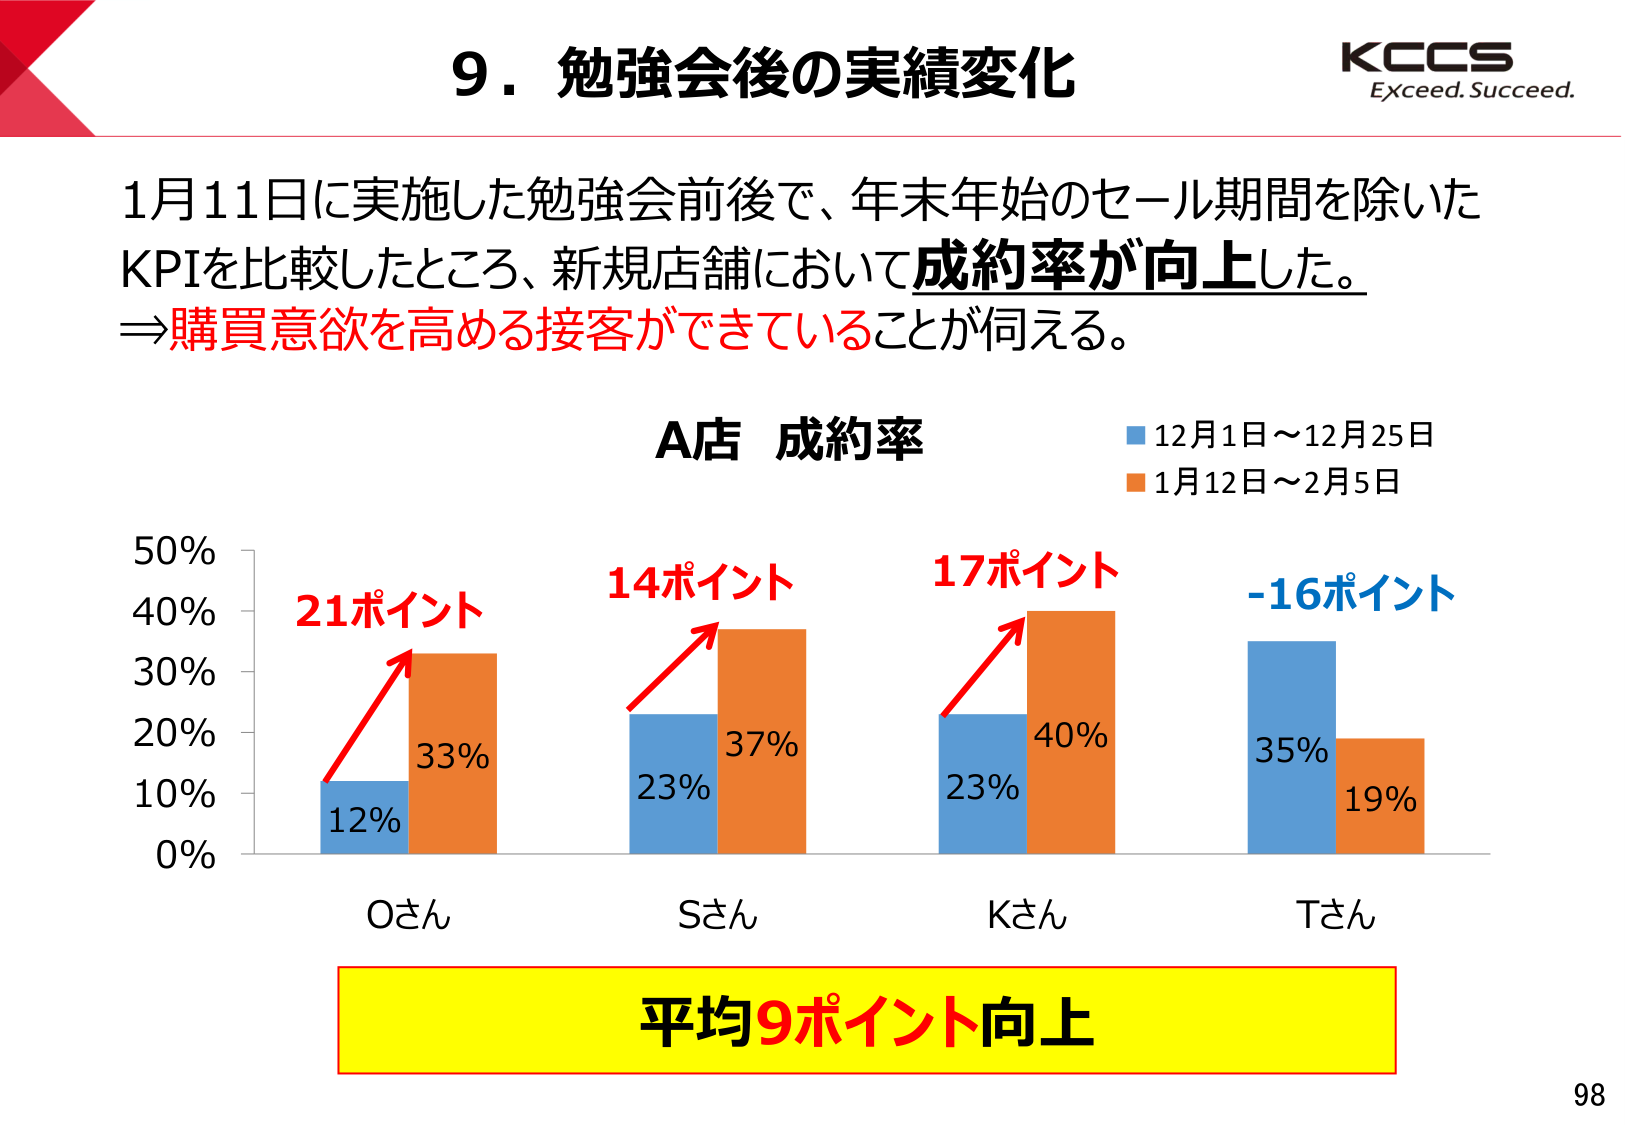
9．勉強会後の実績変化
KCCS
Exceed. Succeed.

1月11日に実施した勉強会前後で、年末年始のセール期間を除いた
KPIを比較したところ、新規店舗において成約率が向上した。
⇒購買意欲を高める接客ができていることが伺える。

A店 成約率
■ 12月1日～12月25日
■ 1月12日～2月5日

50%
40%
30%
20%
10%
0%

21ポイント
12%
33%
Oさん

14ポイント
23%
37%
Sさん

17ポイント
23%
40%
Kさん

-16ポイント
35%
19%
Tさん

平均9ポイント向上

98